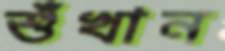
শুঁখান